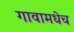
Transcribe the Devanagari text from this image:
गावामधेच